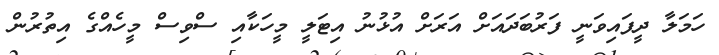
ހަމަލާ ދީފައިވަނީ ފަރުބަދައަށް އަރަށް އުޅުނު އިޓަލީ މީހަކާއި ސްވިސް މީހެއްގެ އިތުރުން